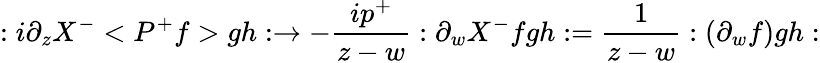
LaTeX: :i\partial_{z}X^{-}<P^{+}f>gh:\rightarrow-\frac{ip^{+}}{z-w}:\partial_{w}X^{-}fgh:=\frac 1{z-w}:(\partial_{w}f)gh: